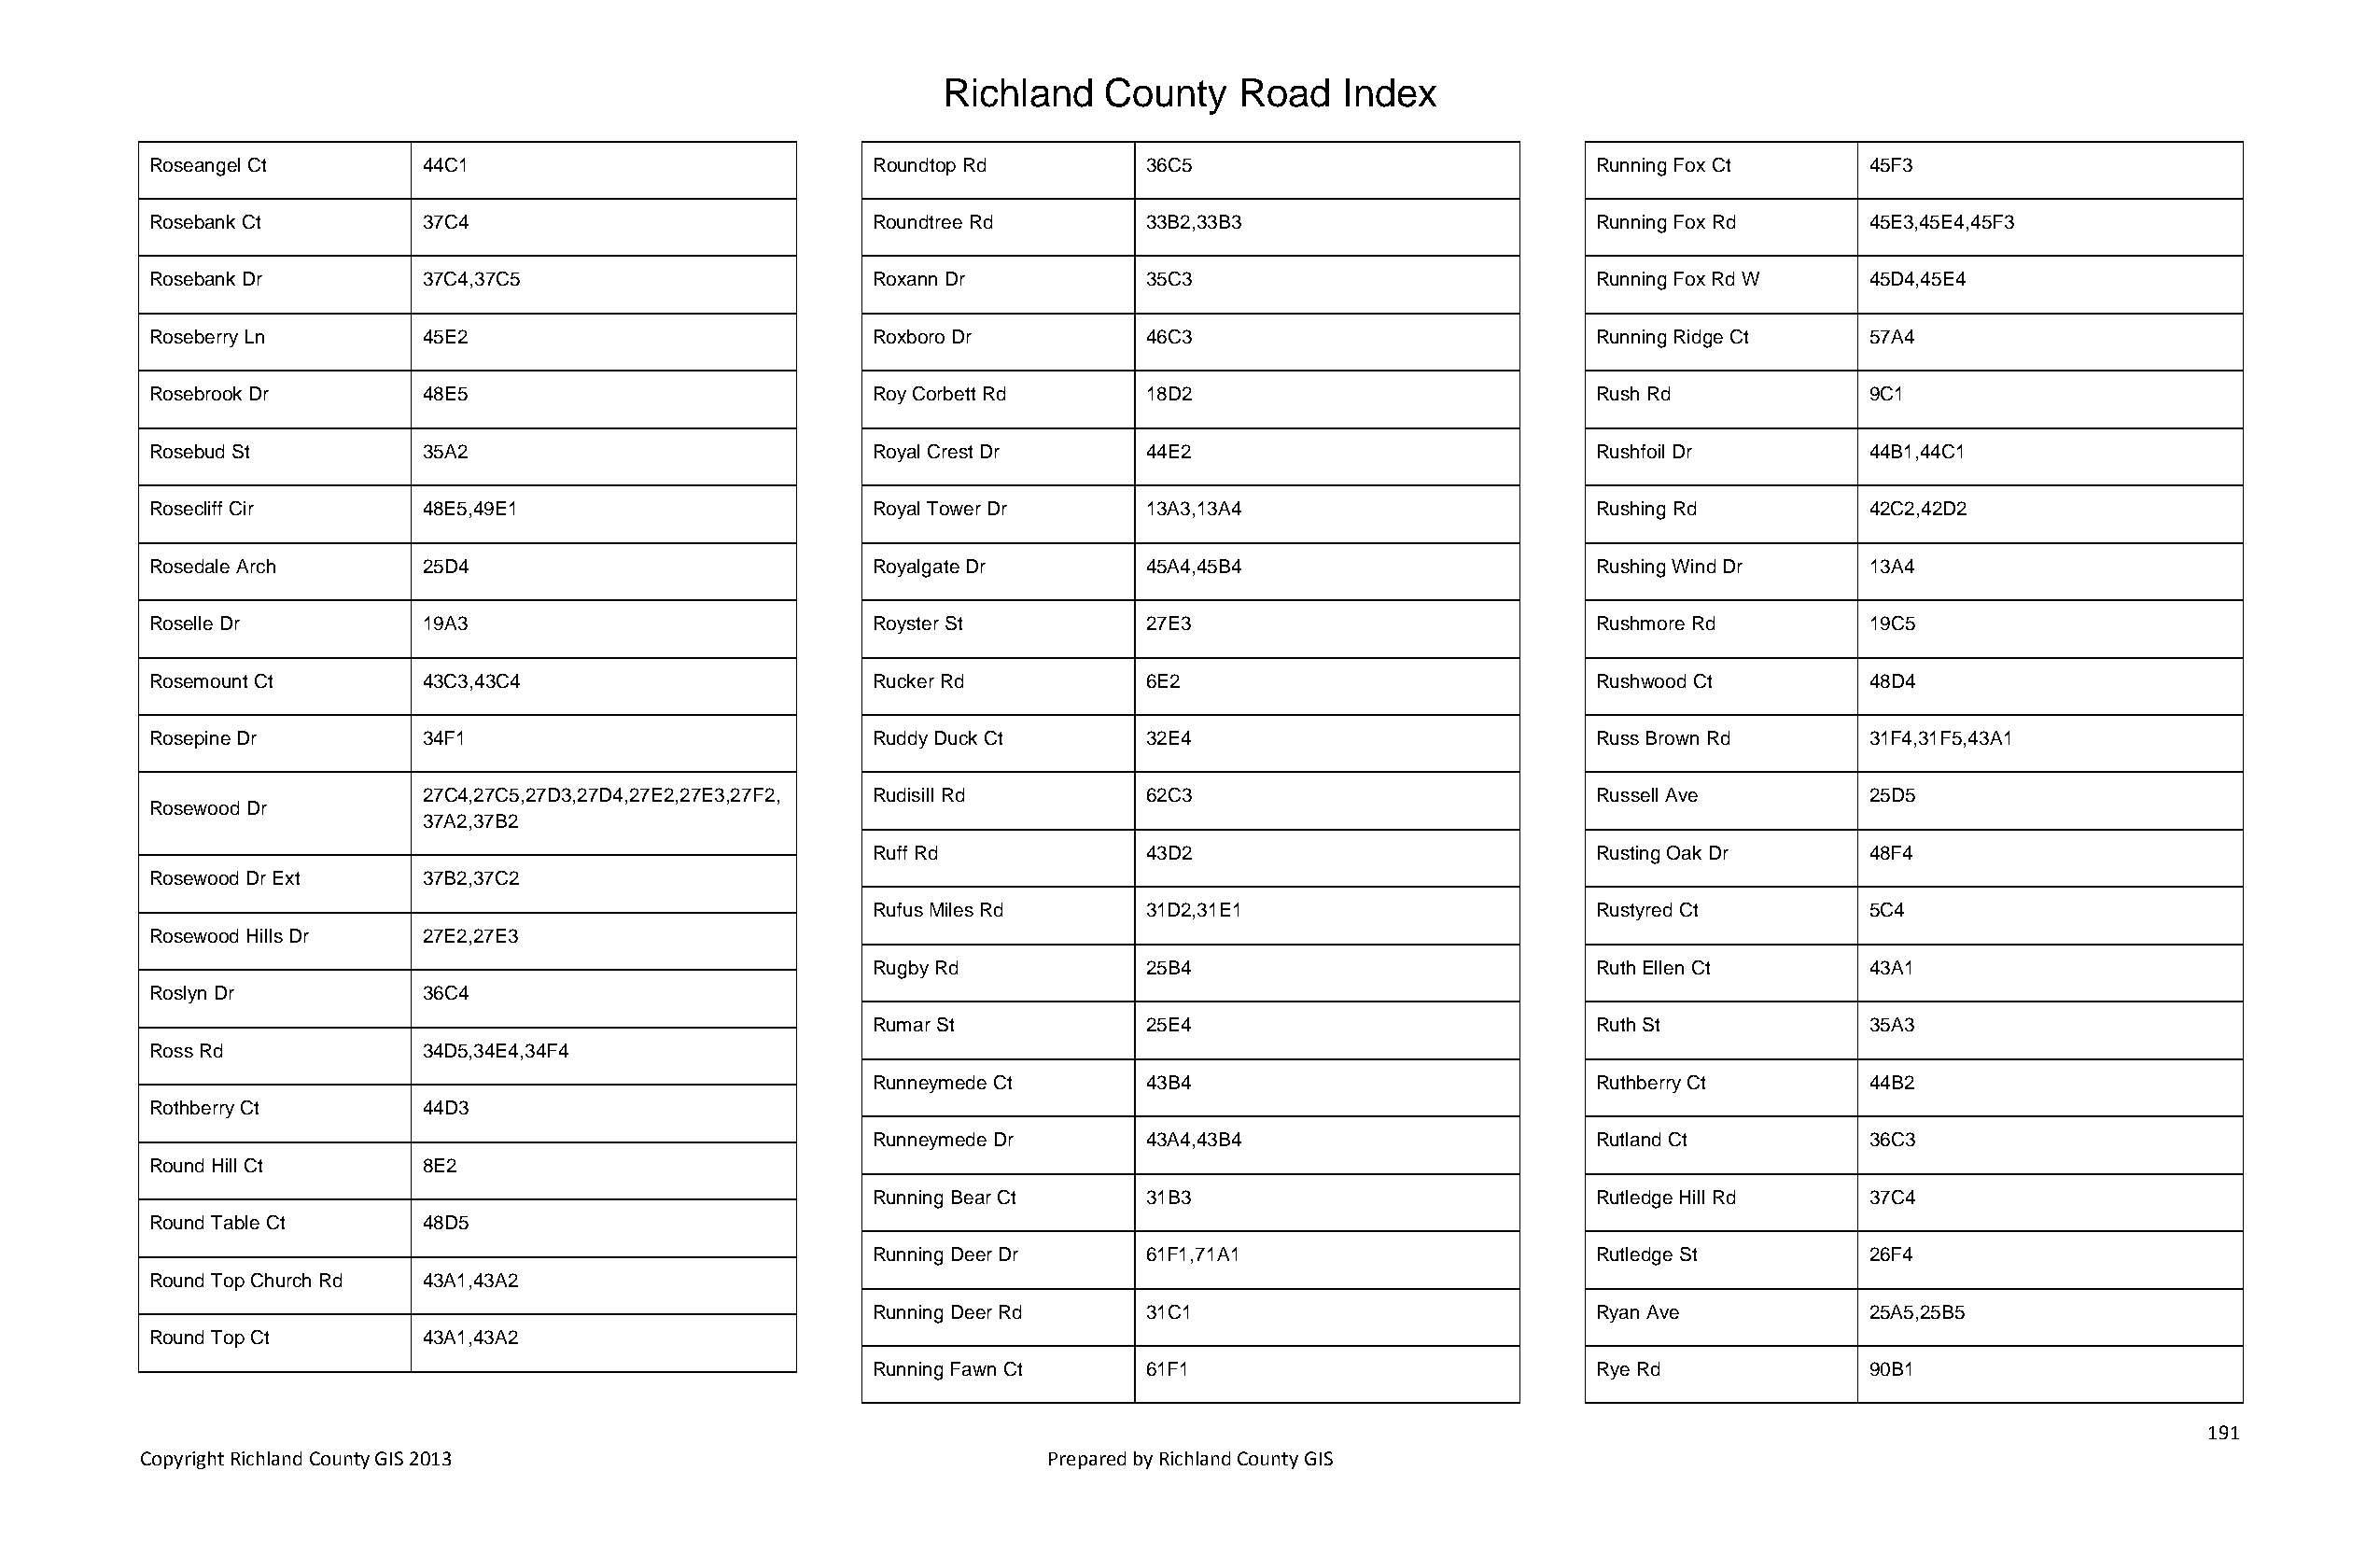
Richland   County    Road   Index
 Roseangel Ct       44C1                            Roundtop Rd        36C5                            Running Fox Ct      45F3
 Rosebank Ct        37C4                            Roundtree Rd       33B2,33B3                       Running Fox Rd      45E3,45E4,45F3
 Rosebank Dr        37C4,37C5                       Roxann Dr          35C3                            Running Fox Rd W    45D4,45E4
 Roseberry Ln       45E2                            Roxboro Dr         46C3                            Running Ridge Ct    57A4
 Rosebrook Dr       48E5                            Roy Corbett Rd     18D2                            Rush Rd             9C1
 Rosebud St         35A2                            Royal Crest Dr     44E2                            Rushfoil Dr         44B1,44C1
 Rosecliff Cir      48E5,49E1                       Royal Tower Dr     13A3,13A4                       Rushing Rd          42C2,42D2
 Rosedale Arch      25D4                            Royalgate Dr       45A4,45B4                       Rushing Wind Dr     13A4
 Roselle Dr         19A3                            Royster St         27E3                            Rushmore Rd         19C5
 Rosemount Ct       43C3,43C4                       Rucker Rd          6E2                             Rushwood Ct         48D4
 Rosepine Dr        34F1                            Ruddy Duck Ct      32E4                            Russ Brown Rd       31F4,31F5,43A1
 27C4,27C5,27D3,27D4,27E2,27E3,27F2, Rudisill Rd    62C3                            Russell Ave         25D5
 Rosewood Dr
 37A2,37B2
 Ruff Rd            43D2                            Rusting Oak Dr      48F4
 Rosewood Dr Ext    37B2,37C2
 Rufus Miles Rd     31D2,31E1                       Rustyred Ct         5C4
 Rosewood Hills Dr  27E2,27E3
 Rugby Rd           25B4                            Ruth Ellen Ct       43A1
 Roslyn Dr          36C4
 Rumar St           25E4                            Ruth St             35A3
 Ross Rd            34D5,34E4,34F4
 Runneymede Ct      43B4                            Ruthberry Ct        44B2
 Rothberry Ct       44D3
 Runneymede Dr      43A4,43B4                       Rutland Ct          36C3
 Round Hill Ct      8E2
 Running Bear Ct    31B3                            Rutledge Hill Rd    37C4
 Round Table Ct     48D5
 Running Deer Dr    61F1,71A1                       Rutledge St         26F4
 Round Top Church Rd 43A1,43A2
 Running Deer Rd    31C1                            Ryan Ave            25A5,25B5
 Round Top Ct       43A1,43A2
 Running Fawn Ct    61F1                            Rye Rd              90B1
 191
 Copyright Richland County GIS 2013                              Prepared by Richland County GIS